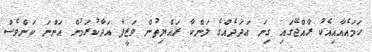
ހަމައެއާއިއެކު ރާއްޖޭގައި ގިނަ ޢަދަދެއްގެ ލަންކާ ރައްޔިތުން ވަޒީފާ އަދާކުރަމުން އަންނަ ކަންވެސް